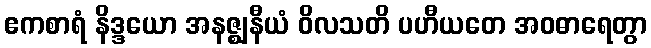
ဧကစာရံ နိဒ္ဒယော အနဇ္ဈနီယံ ဝိလသတိ ပဟီယတေ အဝဓာရေတွာ